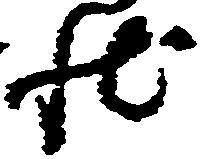
状